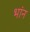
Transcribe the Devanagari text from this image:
भांन